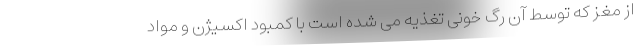
از مغز که توسط آن رگ خونی تغذیه می شده است با کمبود اکسیژن و مواد